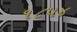
૧૮૫૪